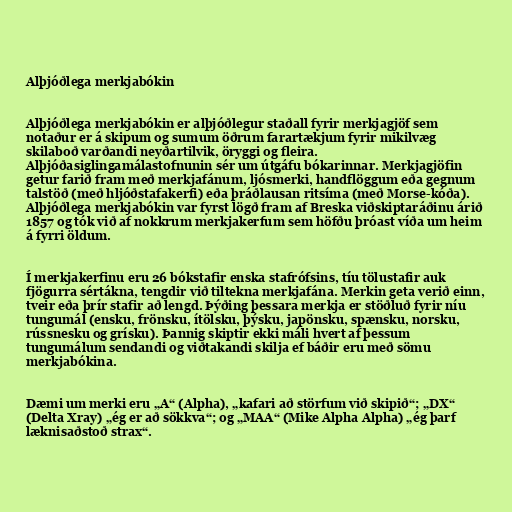
Alþjóðlega merkjabókin

Alþjóðlega merkjabókin er alþjóðlegur staðall fyrir merkjagjöf sem
notaður er á skipum og sumum öðrum farartækjum fyrir mikilvæg
skilaboð varðandi neyðartilvik, öryggi og fleira.
Alþjóðasiglingamálastofnunin sér um útgáfu bókarinnar. Merkjagjöfin
getur farið fram með merkjafánum, ljósmerki, handflöggum eða gegnum
talstöð (með hljóðstafakerfi) eða þráðlausan ritsíma (með Morse-kóða).
Alþjóðlega merkjabókin var fyrst lögð fram af Breska viðskiptaráðinu árið
1857 og tók við af nokkrum merkjakerfum sem höfðu þróast víða um heim
á fyrri öldum.

Í merkjakerfinu eru 26 bókstafir enska stafrófsins, tíu tölustafir auk
fjögurra sértákna, tengdir við tiltekna merkjafána. Merkin geta verið einn,
tveir eða þrír stafir að lengd. Þýðing þessara merkja er stöðluð fyrir níu
tungumál (ensku, frönsku, ítölsku, þýsku, japönsku, spænsku, norsku,
rússnesku og grísku). Þannig skiptir ekki máli hvert af þessum
tungumálum sendandi og viðtakandi skilja ef báðir eru með sömu
merkjabókina.

Dæmi um merki eru „A“ (Alpha), „kafari að störfum við skipið“; „DX“
(Delta Xray) „ég er að sökkva“; og „MAA“ (Mike Alpha Alpha) „ég þarf
læknisaðstoð strax“.